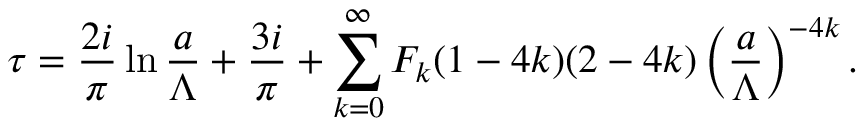
\tau = { \frac { 2 i } { \pi } } \ln { \frac { a } { \Lambda } } + { \frac { 3 i } { \pi } } + \sum _ { k = 0 } ^ { \infty } { \cal F } _ { k } ( 1 - 4 k ) ( 2 - 4 k ) \left( { \frac { a } { \Lambda } } \right) ^ { - 4 k } .